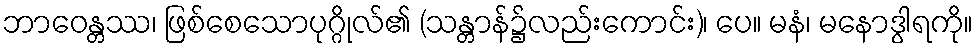
ဘာဝေန္တဿ၊ ဖြစ်စေသောပုဂ္ဂိုလ်၏ (သန္တာန်၌လည်းကောင်း)၊ ပေ။ မနံ၊ မနောဒွါရကို။